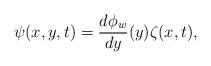
LaTeX: \begin{align*}\psi(x,y,t)=\frac{d\phi_w}{dy}(y) \zeta(x,t),\end{align*}